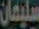
سليمان